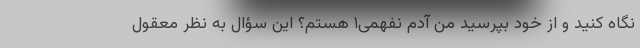
نگاه کنید و از خود بپرسید من آدم نفهمی۱ هستم؟ این سؤال به نظر معقول